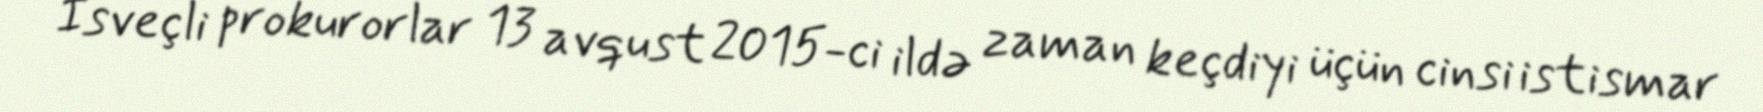
İsveçli prokurorlar 13 avqust 2015-ci ildə zaman keçdiyi üçün cinsi istismar